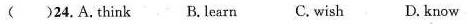
( )24.A.think B. learn C.wish D.know